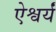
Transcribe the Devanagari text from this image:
ऐश्वर्यं